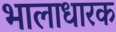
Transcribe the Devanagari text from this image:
भालाधारक